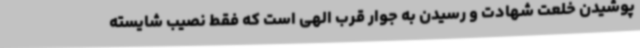
پوشیدن خلعت شهادت و رسیدن به جوار قرب الهی است که فقط نصیب شایسته